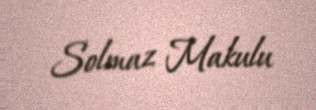
Solmaz Makulu